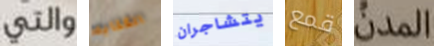
والتي الكتابه يتشاجران قمع المدن